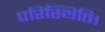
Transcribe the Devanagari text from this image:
परिस्थिति।